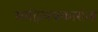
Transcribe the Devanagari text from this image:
साहित्यप्रकारांना